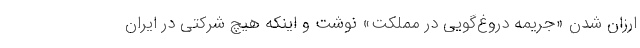
ارزان شدن «جریمه دروغ‌گویی در مملکت» نوشت و اینکه هیچ شرکتی در ایران